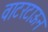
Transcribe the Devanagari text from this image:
वाटरटाऊन